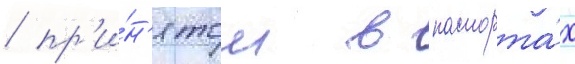
/ пр'и́н'ятом в паспорта́х